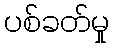
ပစ်ခတ်မှု